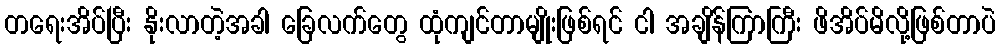
တရေးအိပ်ပြီး နိုးလာတဲ့အခါ ခြေလက်တွေ ထုံကျင်တာမျိုးဖြစ်ရင် ငါ အချိန်ကြာကြီး ဖိအိပ်မိလို့ဖြစ်တာပဲ